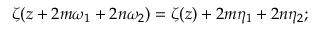
\zeta ( z + 2 m \omega _ { 1 } + 2 n \omega _ { 2 } ) = \zeta ( z ) + 2 m \eta _ { 1 } + 2 n \eta _ { 2 } ;